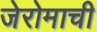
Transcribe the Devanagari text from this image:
जेरोमाची